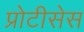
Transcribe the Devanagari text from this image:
प्रोटीसेस